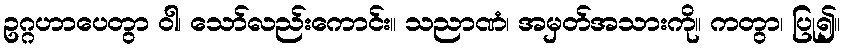
ဥဂ္ဂဟာပေတွာ ဝါ၊ သော်လည်းကောင်း။ သညာဏံ၊ အမှတ်အသားကို။ ကတွာ၊ ပြု၍။